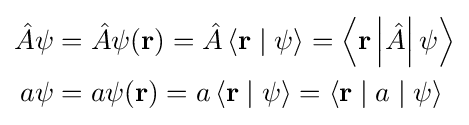
{\begin{aligned}{\hat {A}}\psi &={\hat {A}}\psi (\mathbf {r} )={\hat {A}}\left\langle \mathbf {r} \mid \psi \right\rangle =\left\langle \mathbf {r} \left\vert {\hat {A}}\right\vert \psi \right\rangle \\a\psi &=a\psi (\mathbf {r} )=a\left\langle \mathbf {r} \mid \psi \right\rangle =\left\langle \mathbf {r} \mid a\mid \psi \right\rangle \\\end{aligned}}